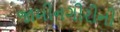
જામીનગીરીની